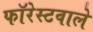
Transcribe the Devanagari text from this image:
फॉरेस्टवाले